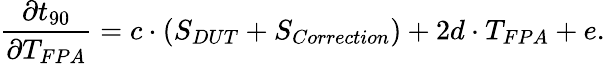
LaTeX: \frac{\partial t_{90}}{\partial T_{FPA}}=c\cdot\left(S_{DUT}+S_{Correction}\right)+2d\cdot T_{FPA}+e\mathrm{.}